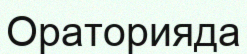
Ораторияда